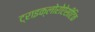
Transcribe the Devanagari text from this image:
ट्राइक्लोरोऐसीटिक